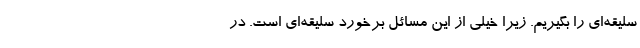
سلیقه‌ای را بگیریم. زیرا خیلی از این مسائل برخورد سلیقه‌ای است. در